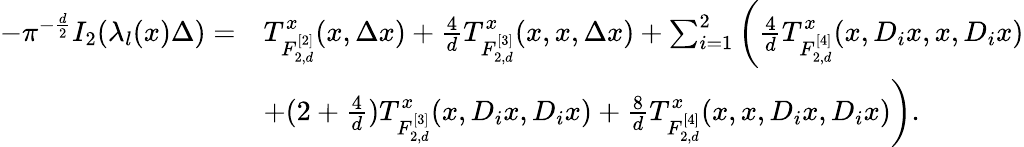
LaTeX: \begin{array}{rl}{-\pi^{-\frac{d}{2}}I_{2}(\lambda_{l}(x)\Delta)=}&{T_{F_{2,d}^{[2]}}^{x}(x,\Delta x)+\frac{4}{d}T_{F_{2,d}^{[3]}}^{x}(x,x,\Delta x)+\sum_{i=1}^{2}\bigg(\frac 4dT_{F_{2,d}^{[4]}}^{x}(x,D_{i}x,x,D_{i}x)}\\ &{+(2+\frac 4d)T_{F_{2,d}^{[3]}}^{x}(x,D_{i}x,D_{i}x)+\frac{8}{d}T_{F_{2,d}^{[4]}}^{x}(x,x,D_{i}x,D_{i}x)\bigg).}\end{array}